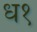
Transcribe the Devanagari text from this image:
ध१